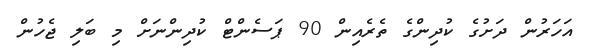
އަހަރުން ދަށުގެ ކުދިންގެ ތެރެއިން 90 ޕަސެންޓް ކުދިންނަށް މި ބަލި ޖެހުން